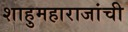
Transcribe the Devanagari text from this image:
शाहुमहाराजांची